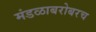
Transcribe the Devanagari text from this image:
मंडळाबरोबरच